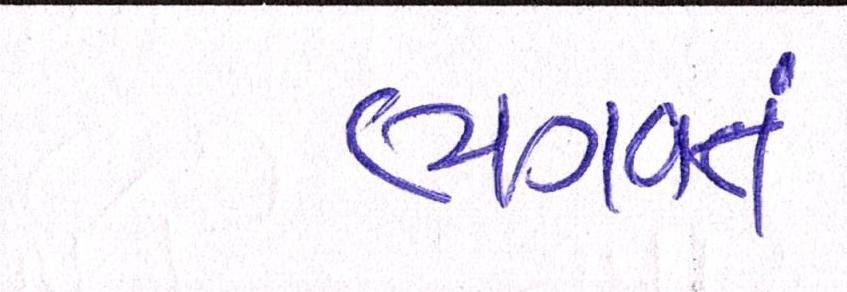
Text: ભગવતં